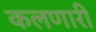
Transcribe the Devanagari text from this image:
कलणारी